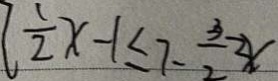
\frac { 1 } { 2 } x - 1 \leq 7 - \frac { 3 } { 2 } \geq x